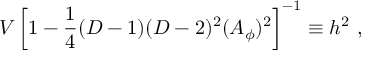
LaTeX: V \left[ 1 - { \frac { 1 } { 4 } } ( D - 1 ) ( D - 2 ) ^ { 2 } ( A _ { \phi } ) ^ { 2 } \right] ^ { - 1 } \equiv h ^ { 2 } ~ ,